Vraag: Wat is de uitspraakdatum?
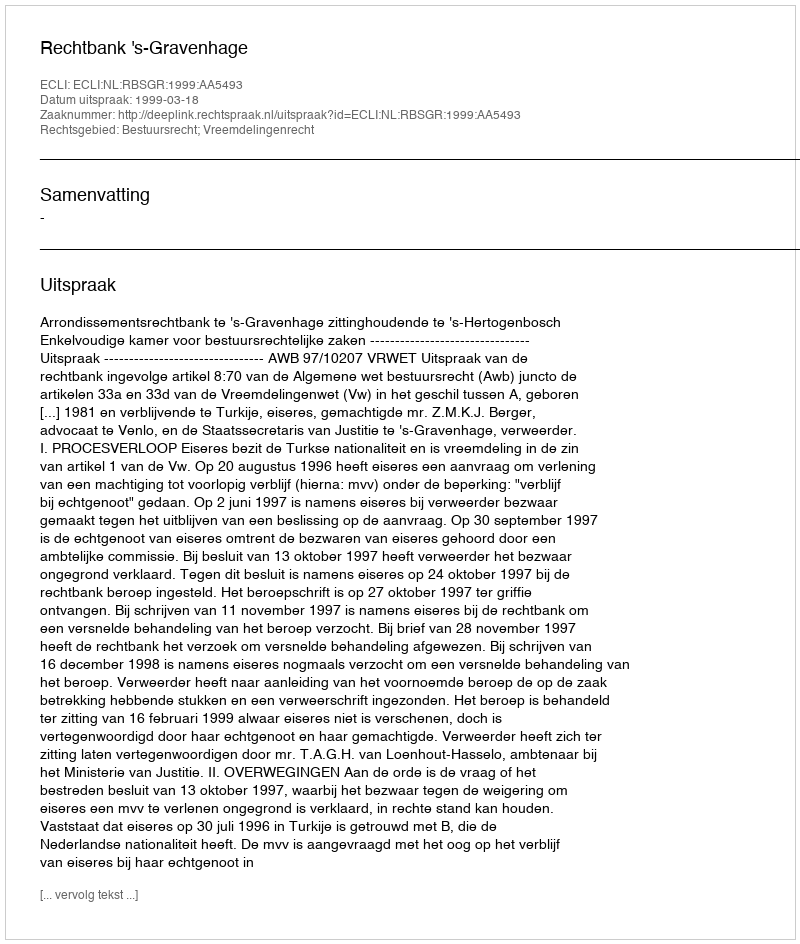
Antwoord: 1999-03-18